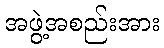
အဖွဲ့အစည်းအား